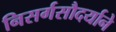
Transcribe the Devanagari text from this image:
निसर्गसौदर्याने